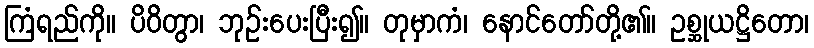
ကြံရည်ကို။ ပိဝိတွာ၊ ဘုဉ်းပေးပြီး၍။ တုမှာကံ၊ နောင်တော်တို့၏။ ဥစ္ဆုယဋ္ဌိတော၊